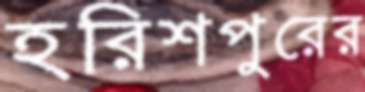
হরিশপুরের